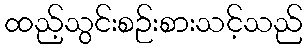
ထည့်သွင်းစဉ်းစားသင့်သည်